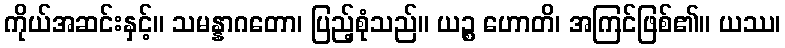
ကိုယ်အဆင်းနှင့်။ သမန္နာဂတော၊ ပြည့်စုံသည်။ ယဉ္စ ဟောတိ၊ အကြင်ဖြစ်၏။ ယဿ၊